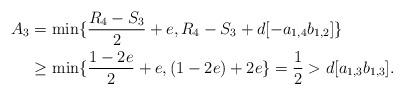
LaTeX: \begin{align*} A_{3}&=\min\{\dfrac{R_{4}-S_{3}}{2}+e,R_{4}-S_{3}+d[-a_{1,4}b_{1,2}]\}\\ &\ge \min\{\dfrac{1-2e}{2}+e,(1-2e)+2e\}=\dfrac{1}{2}>d[a_{1,3}b_{1,3}]. \end{align*}